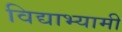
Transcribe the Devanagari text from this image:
विद्याभ्यामी